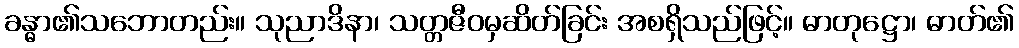
ခန္ဓာ၏သဘောတည်း။ သုညာဒိနာ၊ သတ္တဇီဝမှဆိတ်ခြင်း အစရှိသည်ဖြင့်။ ဓာတုဋ္ဌော၊ ဓာတ်၏